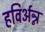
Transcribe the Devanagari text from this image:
हविर्अन्न